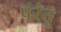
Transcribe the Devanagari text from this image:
पंरंतु